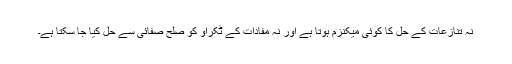
نہ تنازعات کے حل کا کوئی میکنزم ہوتا ہے اور نہ مفادات کے ٹکراؤ کو صلح صفائی سے حل کیا جا سکتا ہے۔